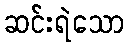
ဆင်းရဲသော